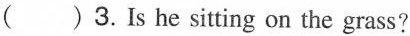
( ) 3.Is he sitting on the grass?